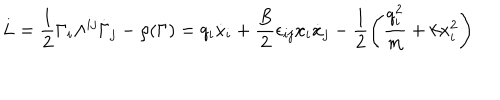
L = \frac { 1 } { 2 } \Gamma _ { i } \Lambda ^ { i j } \dot { \Gamma } _ { j } - \rho ( \Gamma ) = q _ { i } \dot { x } _ { i } + \frac { B } { 2 } \epsilon _ { i j } x _ { i } \dot { x } _ { j } - \frac { 1 } { 2 } \left( \frac { q _ { i } ^ { 2 } } { m } + k x _ { i } ^ { 2 } \right)